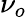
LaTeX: \nu_{o}